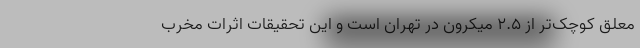
معلق کوچک‌تر از ۲.۵ میکرون در تهران است و این تحقیقات اثرات مخرب